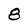
Character: 8